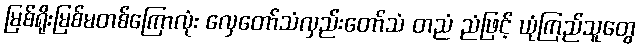
မြစ်ရိုးမြစ်မတစ်ကြောလုံး လှေတော်သံလှည်းတော်သံ တညံ ညံဖြင့် ယုံကြည်သူတွေ